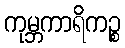
ကုမ္ဘကာရိကဉ္စ